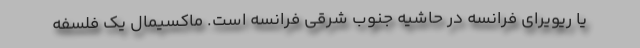
یا ریویرای فرانسه در حاشیه جنوب شرقی فرانسه است. ماکسیمال یک فلسفه